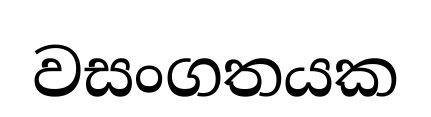
වසංගතයක